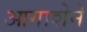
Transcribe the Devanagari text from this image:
आगाशेने